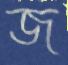
জ